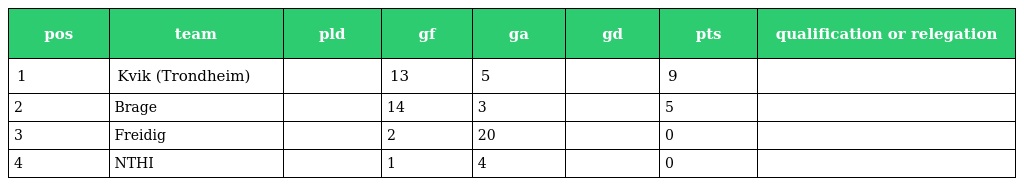
| pos | team | pld | gf | ga | gd | pts | qualification or relegation |
 | --- | --- | --- | --- | --- | --- | --- | --- |
 | 1 | Kvik (Trondheim) |  | 13 | 5 |  | 9 |  |
 | 2 | Brage |  | 14 | 3 |  | 5 |  |
 | 3 | Freidig |  | 2 | 20 |  | 0 |  |
 | 4 | NTHI |  | 1 | 4 |  | 0 |  |